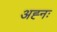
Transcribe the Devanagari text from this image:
अह्नः